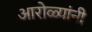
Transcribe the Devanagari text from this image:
आरोळ्यांनी